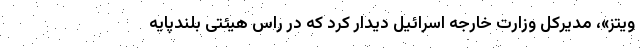
ویتز»، مدیرکل وزارت خارجه اسرائیل دیدار کرد که در راس هیئتی بلندپایه